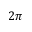
2 \pi